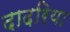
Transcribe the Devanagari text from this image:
दादरिया